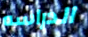
الدراسه